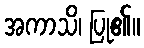
အကာသိ၊ ပြု၏။